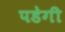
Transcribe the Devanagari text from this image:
पडेगी